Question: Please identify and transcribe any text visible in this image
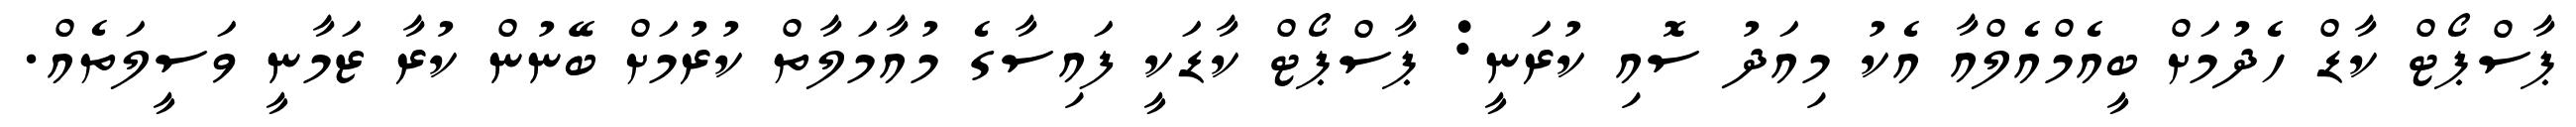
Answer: ޕާސްޕޯޓް ކާޑް ހެދުމަށް ބީއެމްއެލްއާ އެކު މިއަދު ސޮއި ކުރަނީ: ޕާސްޕޯޓް ކާޑަކީ ފައިސާގެ މުއާމަލާތް ކުރުމަށް ބޭނުން ކުރާ ޒަމާނީ ވަސީލަތެއް.